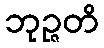
ဘုဉ္ဇတိ